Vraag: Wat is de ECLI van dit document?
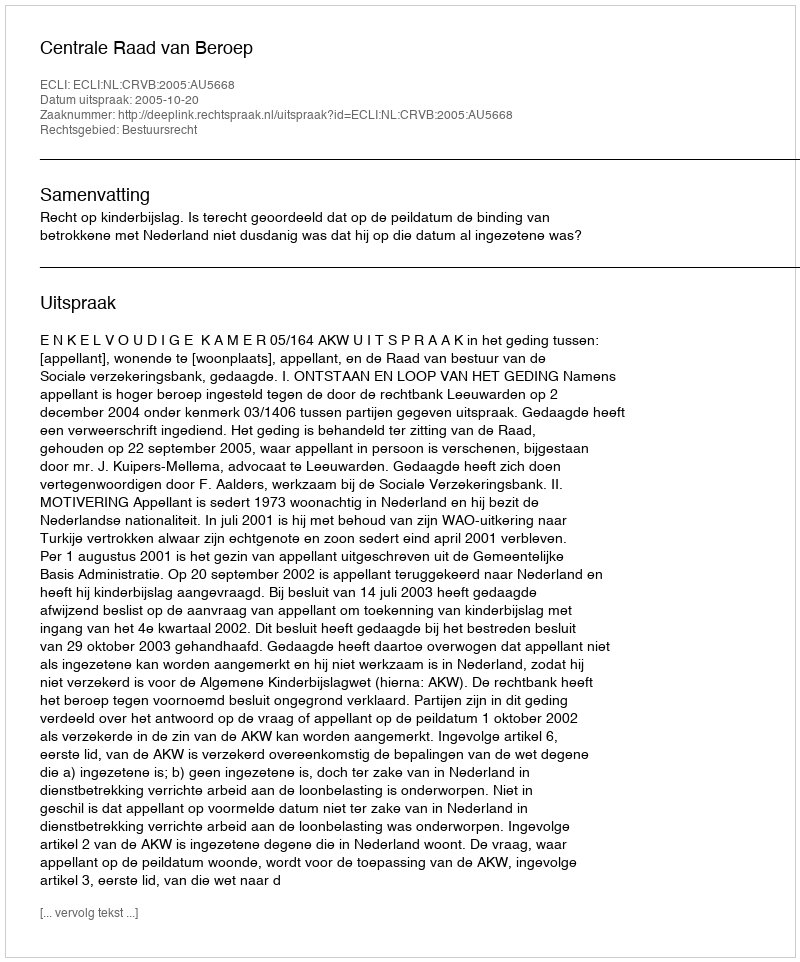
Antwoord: ECLI:NL:CRVB:2005:AU5668